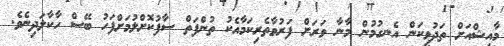
މާއިޝްއަށް ތަދުވީކަން އެނގުމުން މާނާ ވަރަށް ފަރުވާތެރިކަމާއެކު ތުންފަތް ސާފުކޮށްލުމަށްފަހު ބޭސް ހާކާލަދިނެވެ.